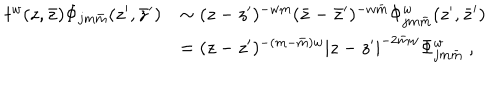
\begin{array} { c l } { { t ^ { w } ( z , \bar { z } ) \Phi _ { j m \bar { m } } ( z ^ { \prime } , \bar { z } ^ { \prime } ) } } & { { \sim ( z - z ^ { \prime } ) ^ { - w m } ( \bar { z } - \bar { z } ^ { \prime } ) ^ { - w \bar { m } } \Phi _ { j m \bar { m } } ^ { w } ( z ^ { \prime } , \bar { z } ^ { \prime } ) } } \\ { { } } & { { = ( z - z ^ { \prime } ) ^ { - ( m - \bar { m } ) w } | z - z ^ { \prime } | ^ { - 2 \bar { m } w } \Phi _ { j m \bar { m } } ^ { w } ~ , } } \\ \end{array}